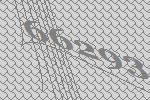
66293